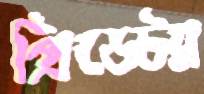
প্রিডেটর